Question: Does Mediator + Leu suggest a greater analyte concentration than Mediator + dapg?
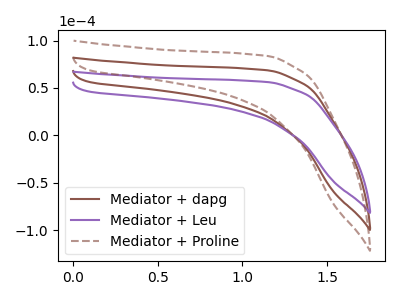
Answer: <think>The brown curve "Mediator + dapg" has no peaks. The purple curve "Mediator + Leu" has no peaks. The brown dashed curve "Mediator + Proline" has no peaks.
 Neither "Mediator + Leu" or "Mediator + dapg" have any peaks.</think>
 <answer>I cant tell if "Mediator + Leu" or "Mediator + dapg" has more signal.</answer>
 <eval>mixed_signal</eval>